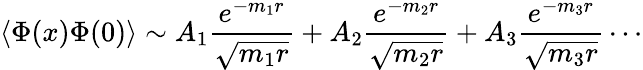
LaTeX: \langle\Phi(x)\Phi(0)\rangle\sim A_{1}\frac{e^{-m_{1}r}}{\sqrt{m_{1}r}}+A_{2}\frac{e^{-m_{2}r}}{\sqrt{m_{2}r}}+A_{3}\frac{e^{-m_{3}r}}{\sqrt{m_{3}r}}\cdots